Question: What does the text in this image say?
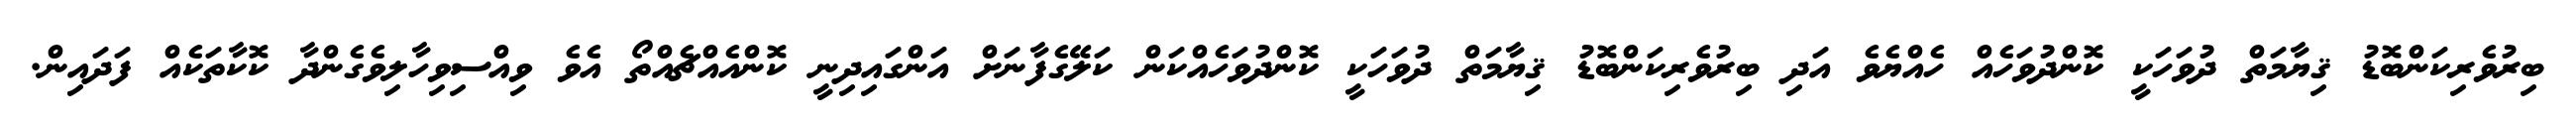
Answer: ބިރުވެރިކަންބޮޑު ޤިޔާމަތް ދުވަހަކީ ކޮންދުވަހެއް ހެއްޔެވެ އަދި ބިރުވެރިކަންބޮޑު ޤިޔާމަތް ދުވަހަކީ ކޮންދުވަހެއްކަން ކަލޭގެފާނަށް އަންގައިދިނީ ކޮންއެއްޗެއްތޯ އެވެ ވިއްސިވިހާލިވެގެންދާ ކޮކާތަކެއް ފަދައިން.